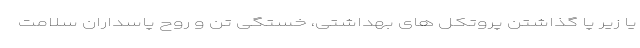
یا زیر پا گذاشتن پروتکل های بهداشتی، خستگی تن و روح پاسداران سلامت